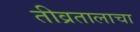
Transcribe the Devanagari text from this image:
तीव्रतालाचा